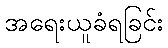
အရေးယူခံရခြင်း